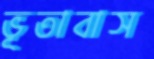
ভূতাবাস